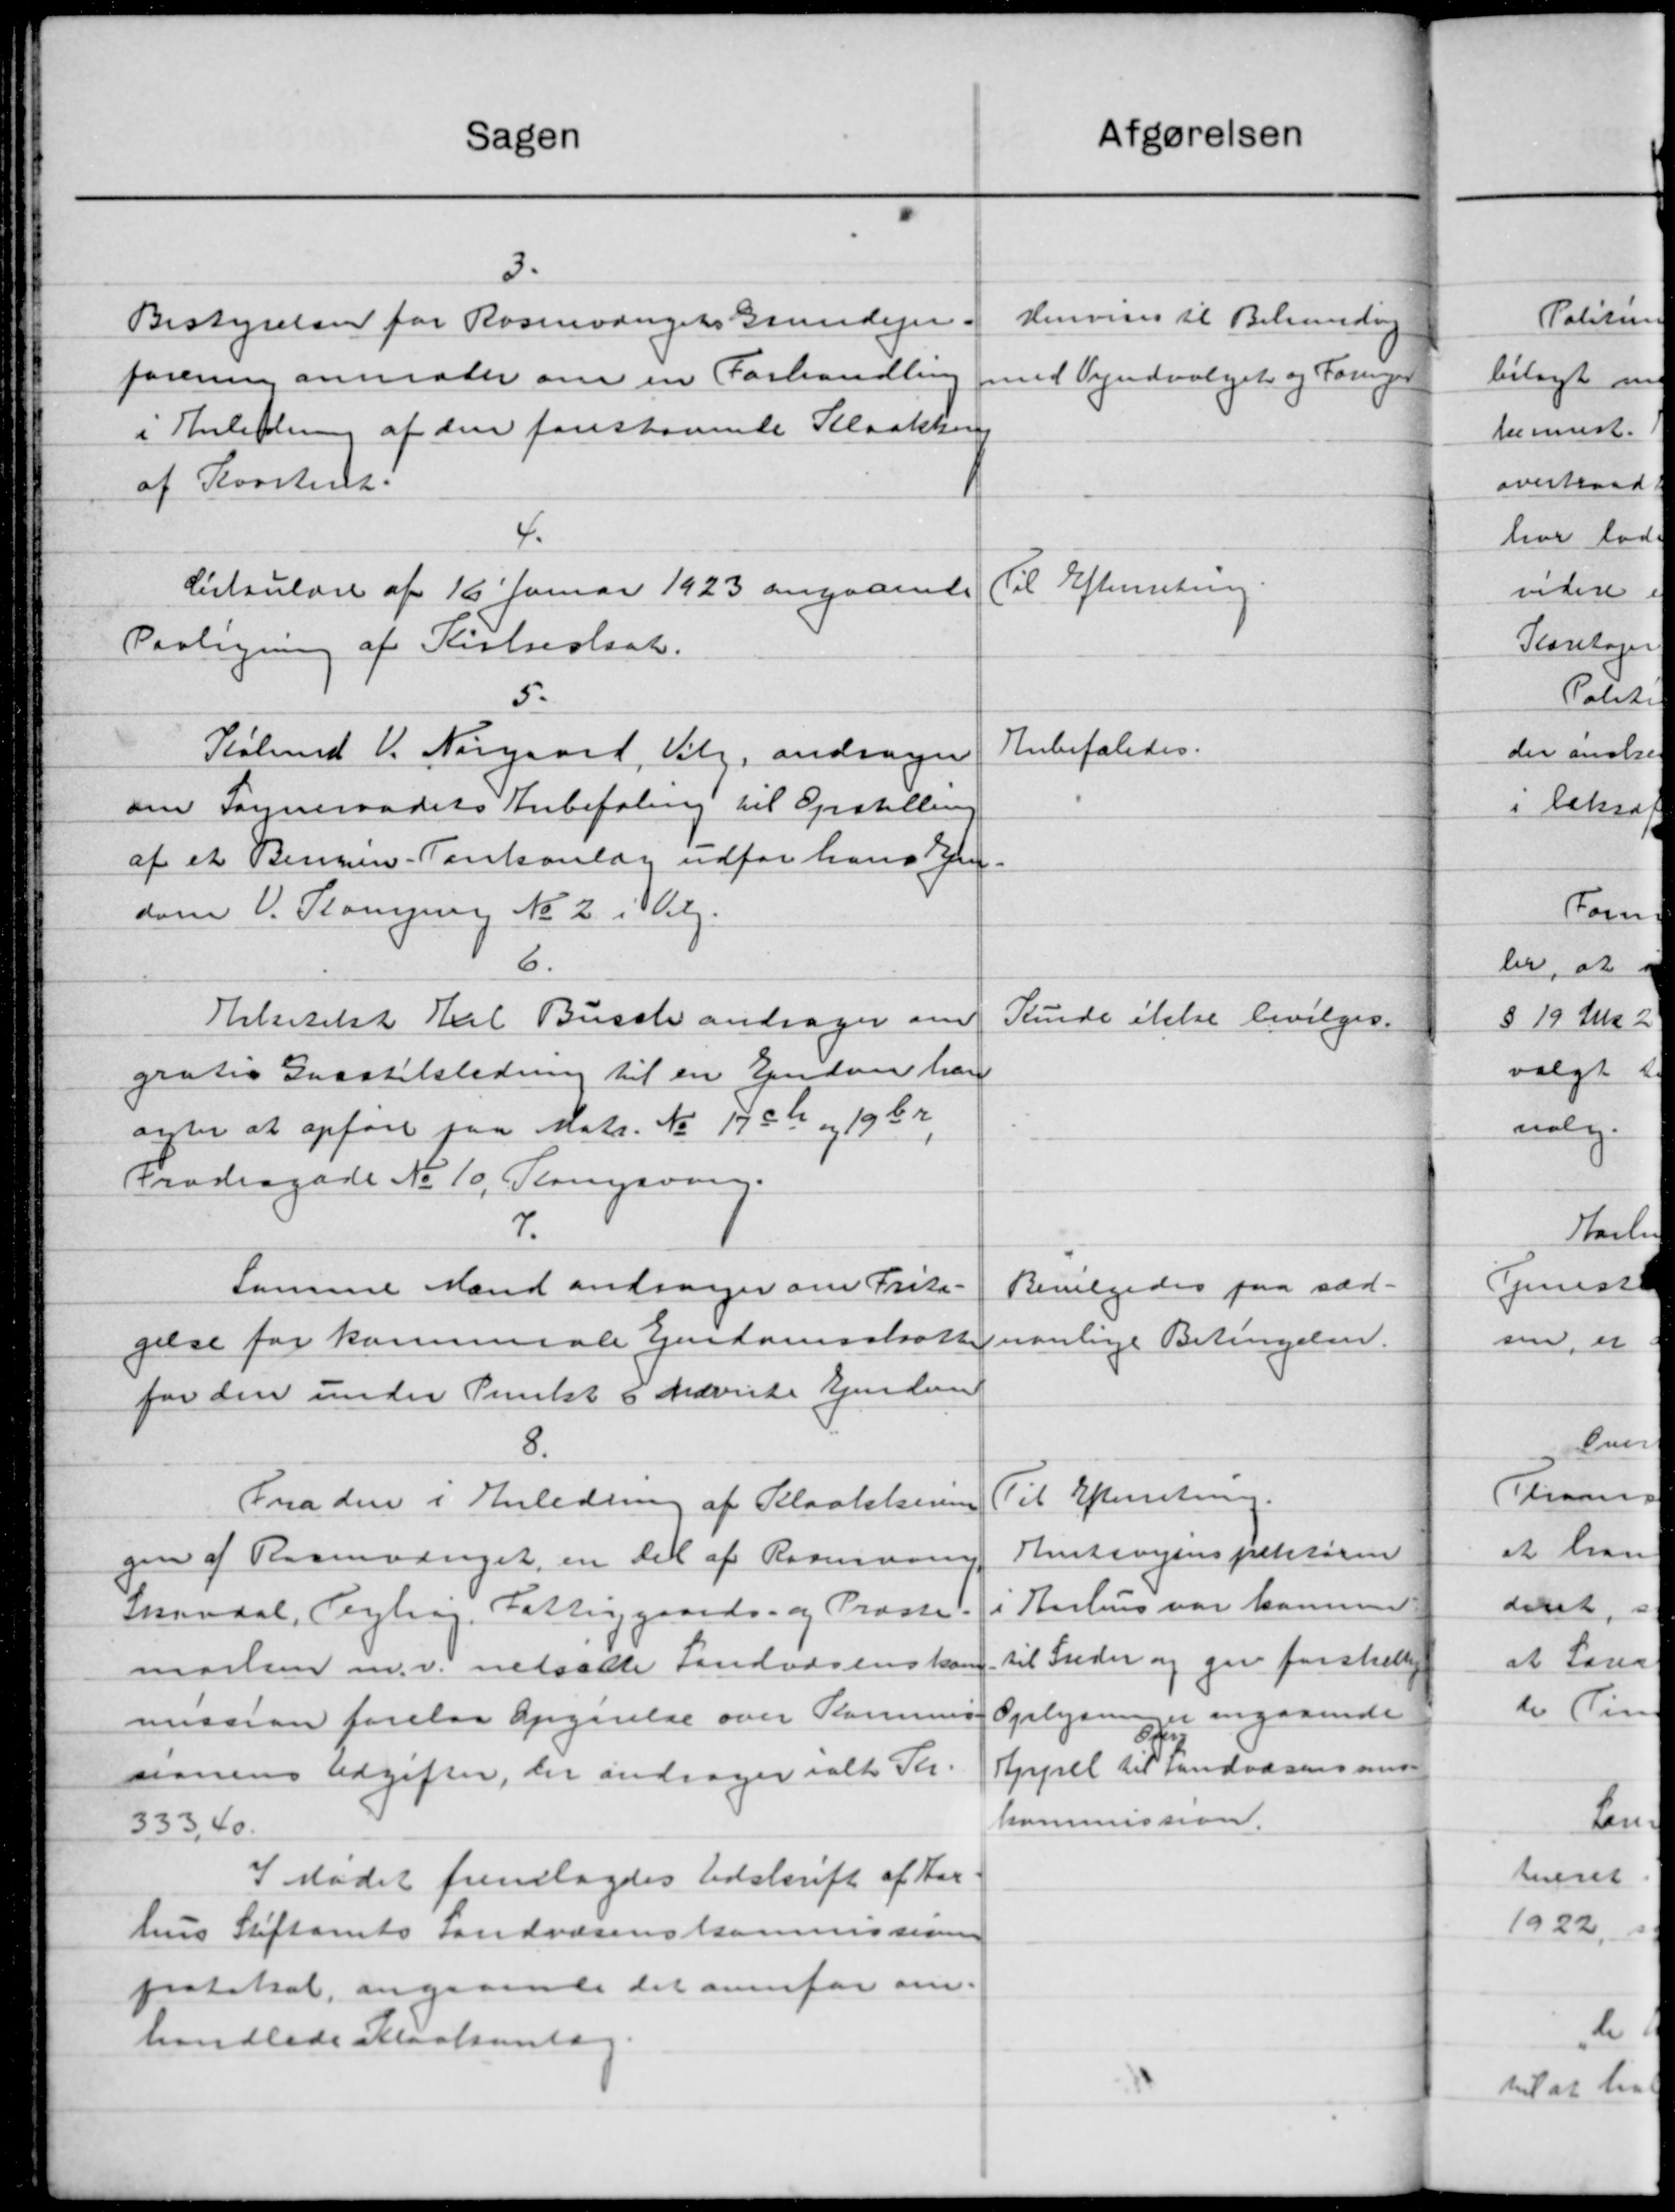
Transskription:
Afgørelsen
Sagen
3.
Henvises til Behanding
Bestyrelsen for Rosenvængets Grundejer-
forening anmoder om en Forhandling
med Vejudvalget og Forgen
i Anledning af den foreskovende Kloakkens
af Kvartene.
4.
Til Efterretning.
Cirkulære af 16 Januar 1923 angaaende
Paaligning af Kirkestsat.
5.
Anbefaledes.
Købmd V. Nørgaard, Valg andrager
oen Sogneraadets Anbefaling til Opstilling
af et Benzin-Tanksanlæg udfor hans Ejen-
dom. V. Plonging No 2 i Velg.
6.
Kunde ikke bevilges.
Erkitekt Earl Busch andrager om
gratis Grastilsledning til en Ejendom han
agter at opføre paa Matr. No 175 K og 1962.
Frodergade No 10, Slangsvang.
7.
Bevilgedes paa sæd-
Samme Mand andrager om Frita-
nanlige Betingelser.
gelse for kommunale Ejendomsskatter
for den under Punkt 6 nævnte Ejendom
8.
Til Efterretning.
Fra den i Anledning af Slaalelserne
Amtsvejinspektøren
gen af Rasmusseget en del af Rasmussen
Aarhus var kommen
snavaal, Lyling. Fattiggaards- og Præste.
til Freder og gav forskellig
marken m.v. nedsætte Landvæsenskom
Oplysninger angaaende
mission forelaa opgørelse over Kommune
8
Kjrsel til Landvæsens med-
sionens Udgifter, der andrager ialt Kr.
kommission.
333,40.
I Mødet fremlagdes Udskrift af Har-
hus Stiftamts Landvæsenskommissionen
protokol, angaaende det ovenfor om.
handlede Maalente.